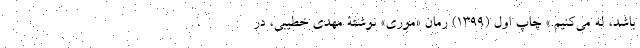
باشد، له می‌کنیم.» چاپ اول (1399) رمان «موری» نوشتۀ مهدی خطیبی، در